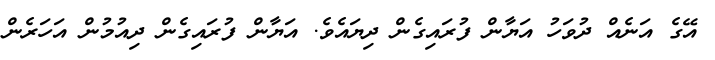
އޭގެ އަނެއް ދުވަހު އަޔާން ފުރައިގެން ދިޔައެވެ. އަޔާން ފުރައިގެން ދިއުމުން އަހަރެން